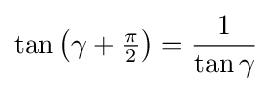
\tan \left(\gamma +{\tfrac {\pi }{2}}\right)={\frac {1}{\tan \gamma }}